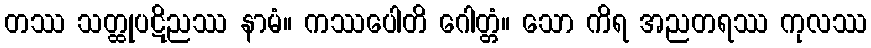
တဿ သတ္ထုပဋိညဿ နာမံ။ ကဿပေါတိ ဂေါတ္တံ။ သော ကိရ အညတရဿ ကုလဿ